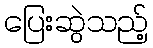
ပြေးဆွဲသည့်